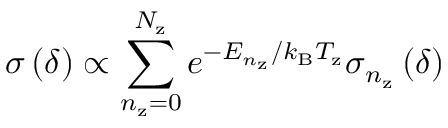
\sigma \left( \delta \right) \propto \sum _ { n _ { \mathrm { z } } = 0 } ^ { N _ { \mathrm { z } } } e ^ { - E _ { n _ { \mathrm { z } } } / k _ { \mathrm { B } } T _ { \mathrm { z } } } \sigma _ { n _ { \mathrm { z } } } \left( \delta \right)